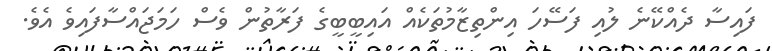
ފައިސާ ދެއްކޭނެ ލުއި ފަސޭހަ އިންތިޒާމުތަކެއް އައިބީބީގެ ފަރާތުން ވެސް ހަމަޖައްސާފައިވެ އެވެ.